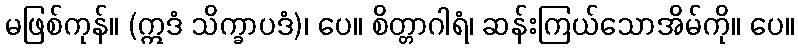
မဖြစ်ကုန်။ (ဣဒံ သိက္ခာပဒံ)၊ ပေ။ စိတ္တာဂါရံ၊ ဆန်းကြယ်သောအိမ်ကို။ ပေ။